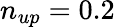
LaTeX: n_{up}=0.2